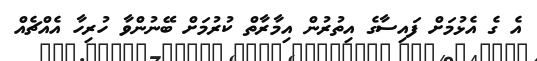
އެ ގެ އެޅުމަށް ފައިސާގެ އިތުރުން އިމާރާތް ކުރުމަށް ބޭނުންވާ ހުރިހާ އެއްޗެއް